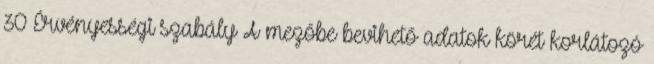
30 Érvényességi szabály A mezőbe bevihető adatok körét korlátozó